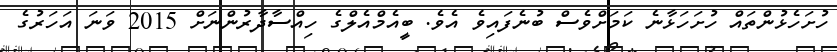
ހުށަހެޅުންތައް ހުށަހަޅާނެ ކަމަށްވެސް ބުނެފައިވެ އެވެ. ބީއެމްއެލްގެ ހިއްސާދާރުންނަށް 2015 ވަނަ އަހަރުގެ